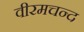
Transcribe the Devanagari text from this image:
वीरमचन्द